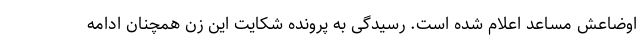
اوضاعش مساعد اعلام شده است. رسیدگی به پرونده شکایت این زن همچنان ادامه